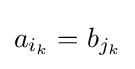
a_{i_{k}}=b_{j_{k}}